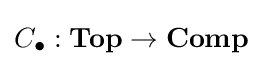
C_{\bullet }:\mathbf {Top} \to \mathbf {Comp}